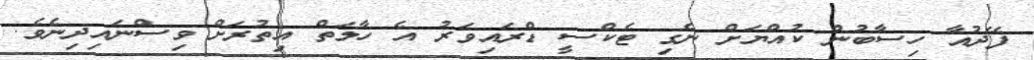
ފޭދުއާ ހިސާބުން ކުއްޔަށް ނެގި ޓެކްސީ ޑްރައިވަރު އެ ހާލަތް އިތުރަށް ވިސްނައިދިނެވެ.